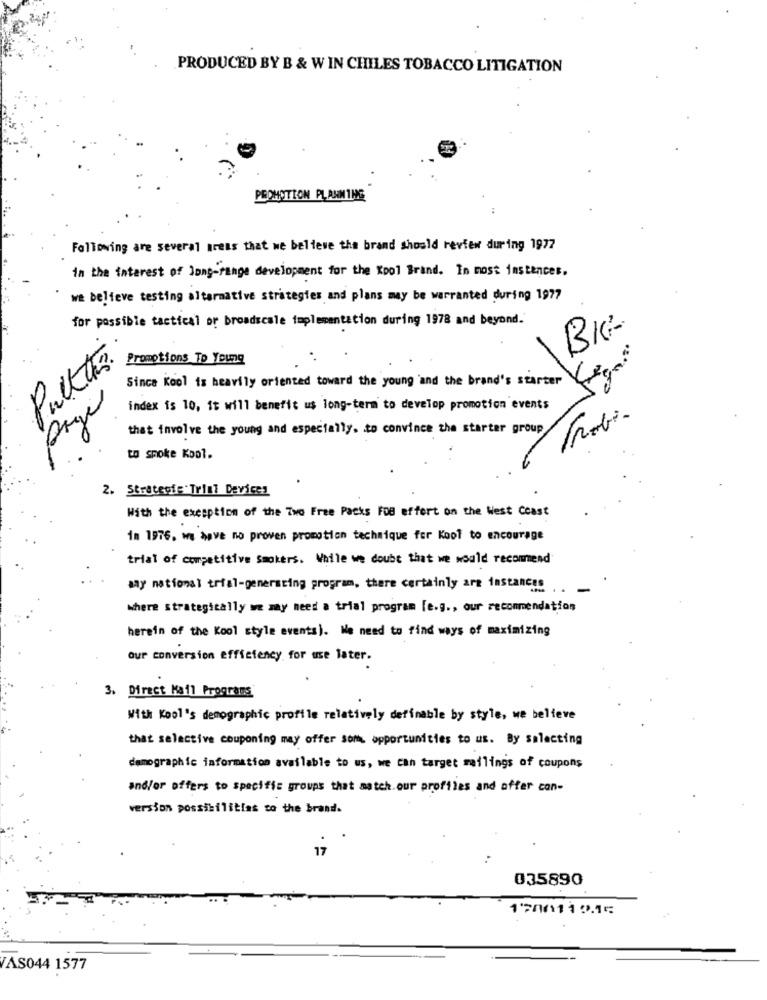
PRODUCED BY B & W IN CHILES TOBACCO LITIGATION
PROMOTION PLANNING
Following are several arens that we believe the brand should review during 1977
in the interest of Jong-range development for the Kool Brand. In most instances.
we believe testing alternative strategies and plans may be warranted during 1977
for possible tactical or broadscale toplementation during 1978 and beyond.
BIG
Pack this.
Promotions To Young
Since Kool is heavily oriented toward the young and the brand's starter
page
index is 10, it will benefit us long-term to develop promotion events
Trobi
that involve the young and especially. to convince the starter group
to smoke Kool.
2. Strategie Trin? Devicez
With the exception of the Two Free Packs FOB effort on the West Coast
in 1976. we have no proven promotion technique for Kool to encourage
trial of competitive Smokers. While we doubt that we would recommend
any national trial-generating program, there certainly are instances
where strategically we may need a trial program [e.g ., our recommendation
herein of the Kool style events). We need to find ways of maximizing
our conversion efficiency for use later.
3. Direct Mail Programs
With Kool's demographic profile relatively definable by style, we believe
that selective couponing may offer som opportunities to us. By selecting
demographic information available to us, we Can target mailings of coupons
and/or offers to specific groups that match.our profiles and offer con-
version possibilities co the brand.
035890
17/0110.1⑆
VAS044 1577